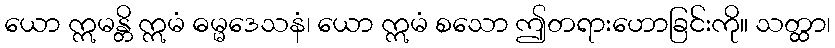
ယော ဣမန္တိ ဣမံ ဓမ္မဒေသနံ၊ ယော ဣမံ စသော ဤတရားဟောခြင်းကို။ သတ္ထာ၊